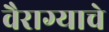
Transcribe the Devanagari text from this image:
वैराग्याचे